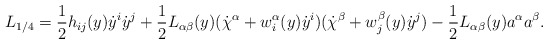
\begin{align*}L_{1/4} = \frac{1}{2} h_{ij}(y) \dot{y}^i \dot{y}^j + \frac{1}{2} L_{\alpha\beta}(y) (\dot{\chi}^\alpha + w^\alpha_i(y)\dot{y}^i) (\dot{\chi}^\beta + w^\beta_j(y)\dot{y}^j) - \frac{1}{2} L_{\alpha\beta}(y) a^\alpha a^\beta .\end{align*}